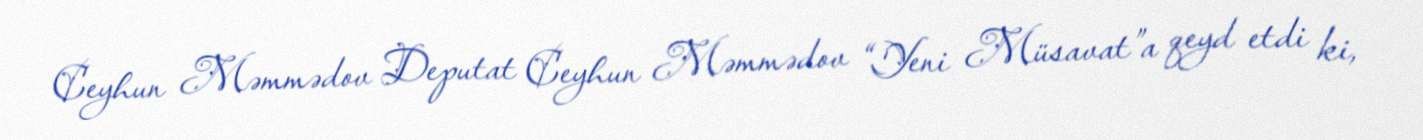
Ceyhun Məmmədov Deputat Ceyhun Məmmədov “Yeni Müsavat”a qeyd etdi ki,